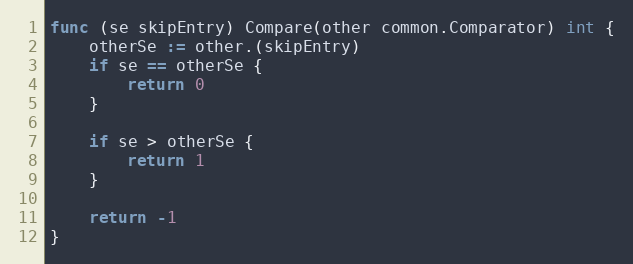
Language: Go
func (se skipEntry) Compare(other common.Comparator) int {
	otherSe := other.(skipEntry)
	if se == otherSe {
		return 0
	}

	if se > otherSe {
		return 1
	}

	return -1
}